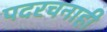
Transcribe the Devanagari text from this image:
पदरचनाही